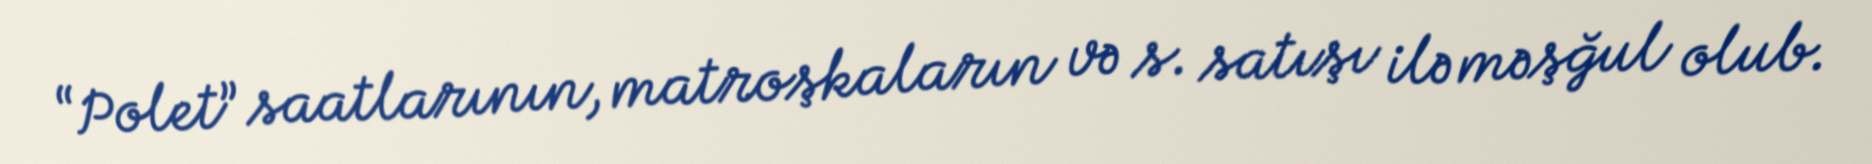
“Polet” saatlarının, matroşkaların və s. satışı ilə məşğul olub.